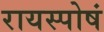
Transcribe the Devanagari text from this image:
रायस्पोषं